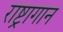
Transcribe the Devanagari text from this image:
राष्ट्रागान